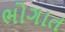
ભોગાત